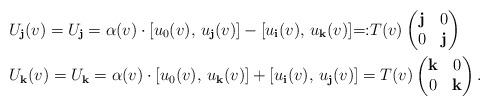
LaTeX: \begin{align*}&U_{\bf j}(v)=U_{\bf j}=\alpha(v)\cdot [u_0(v),\,u_{\bf j}(v)]-[u_{\bf i}(v),\,u_{\bf k}(v)]{=:}T(v)\begin{pmatrix}{\bf j}&0\\0&{\bf j}\end{pmatrix}~\quad\\&U_{\bf k}(v)=U_{\bf k}=\alpha(v)\cdot [u_0(v),\,u_{\bf k}(v)]+[u_{\bf i}(v),\,u_{\bf j}(v)]=T(v)\begin{pmatrix}{\bf k}&0\\0&{\bf k}\end{pmatrix}.\end{align*}